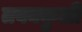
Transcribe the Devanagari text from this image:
तवक्कुली